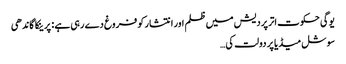
یوگی حکوت اتر پردیش میں ظلم اور انتشار کو فروغ دے رہی ہے : پرینکا گاندھی
سوشل میڈیا پر دولت کی…